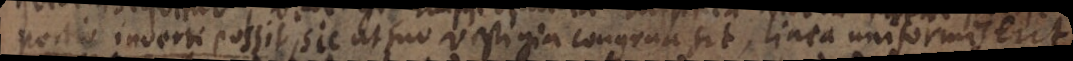
portio inverti possit, sic ut suo vestigia congrua sit, linea uniformis erit